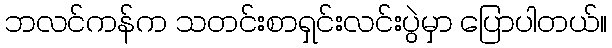
ဘလင်ကန်က သတင်းစာရှင်းလင်းပွဲမှာ ပြောပါတယ်။